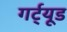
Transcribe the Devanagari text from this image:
गर्ट्‌यूड